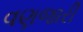
વણજારી